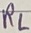
Text: RL